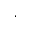
\cdot